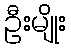
ဦးမျိုး